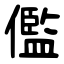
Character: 儖